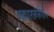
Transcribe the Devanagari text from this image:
अकाशगंगीय